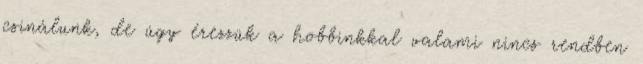
csinálunk, de úgy érezzük a hobbinkkal valami nincs rendben